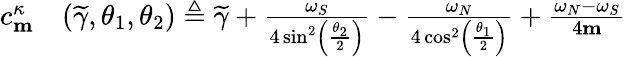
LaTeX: \begin{array}{rl}{c_{\mathbf{m}}^{\kappa}}&{{}(\widetilde{\gamma},\theta_{1},\theta_{2})\triangleq\widetilde{\gamma}+\frac{\omega_{S}}{4\sin^{2}\left(\frac{\theta_{2}}{2}\right)}-\frac{\omega_{N}}{4\cos^{2}\left(\frac{\theta_{1}}{2}\right)}+\frac{\omega_{N}-\omega_{S}}{4\mathbf{m}}}\end{array}